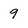
Character: 9